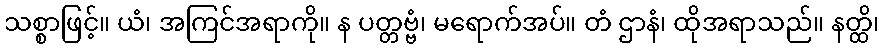
သစ္စာဖြင့်။ ယံ၊ အကြင်အရာကို။ န ပတ္တဗ္ဗံ၊ မရောက်အပ်။ တံ ဌာနံ၊ ထိုအရာသည်။ နတ္ထိ၊